Scottish Leaving Certificate Examination, 1961
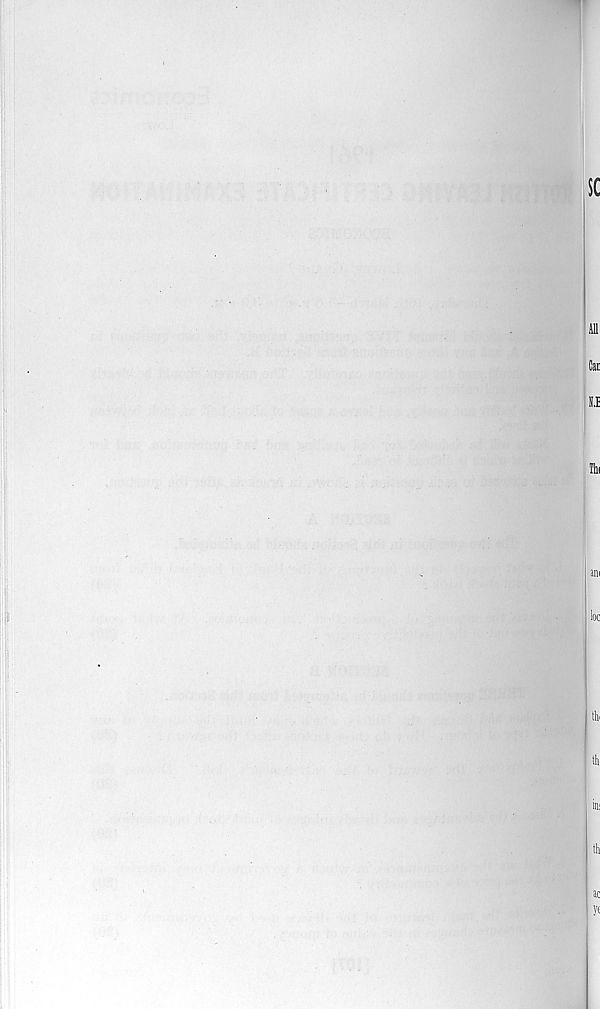
sc
Ml
Can
11,i
Ihi
am
loc
tb
tb
in:
th